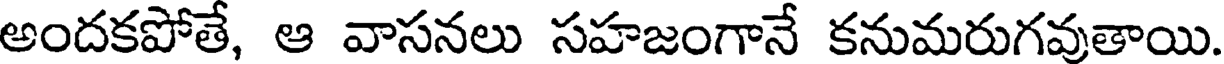
అందకపోతే, ఆ వాసనలు సహజంగానే కనుమరుగవుతాయి